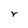
Character: r